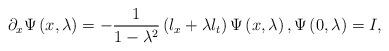
LaTeX: \begin{align*}\partial _x\Psi \left( x,\lambda \right) =-\frac 1{1-\lambda^2}\left( l_x+\lambda l_t\right) \Psi \left( x,\lambda \right) ,\Psi \left(0,\lambda \right) =I,\end{align*}